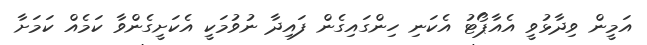
އަމީން ވިދާޅުވީ އެއާޕޯޓު އެކަނި ހިންގައިގެން ފައިދާ ނުވުމަކީ އެކަށީގެންވާ ކަމެއް ކަމަށާ